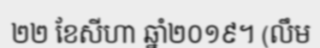
២២ ខែសីហា ឆ្នាំ២០១៩។ (លឹម